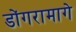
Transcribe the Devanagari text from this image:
डोंगरामागे